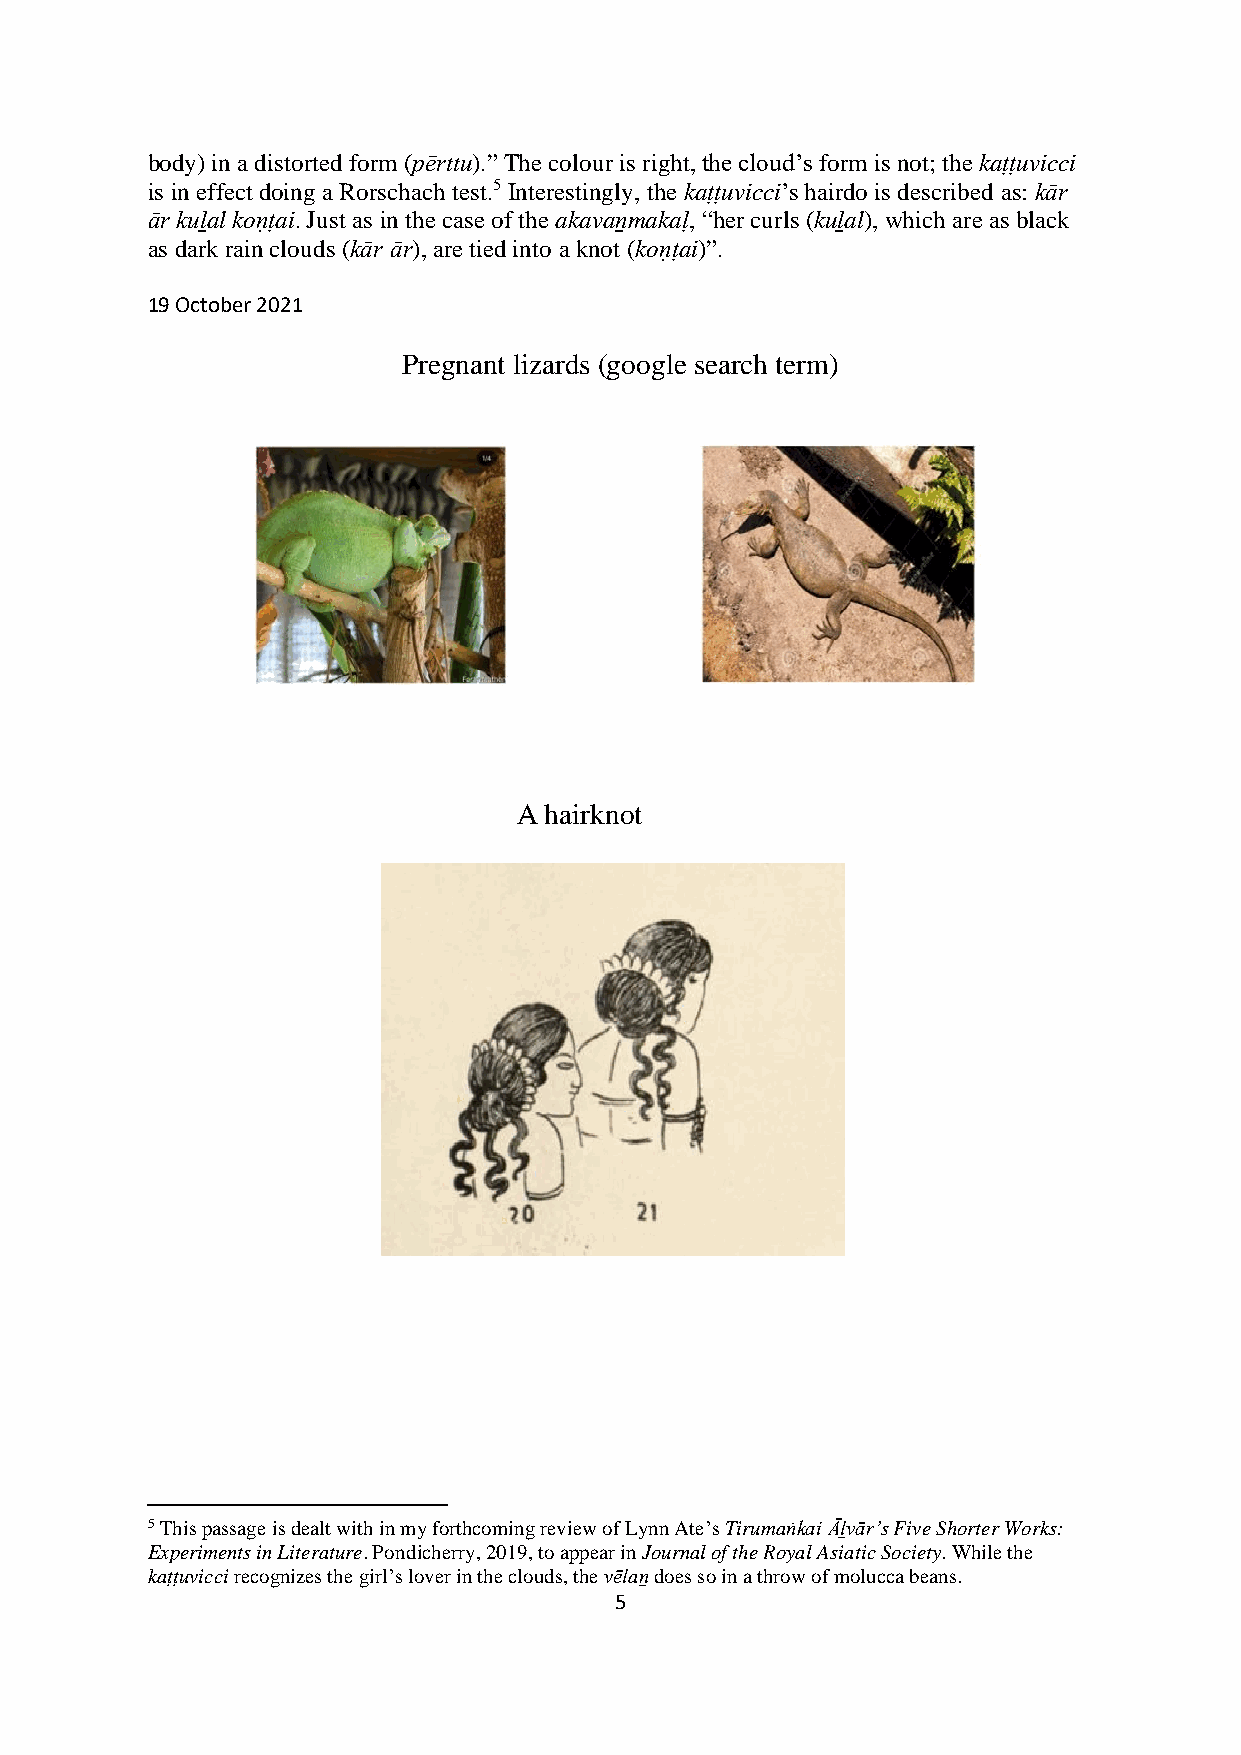
body) in a distorted form (pērttu).” The colour is right, the cloud’s form is not; the kaṭṭuvicci
 is in effect doing a Rorschach test.5 Interestingly, the kaṭṭuvicci’s hairdo is described as: kār
 ār kuḻal koṇṭai. Just as in the case of the akavaṉmakaḷ, “her curls (kuḻal), which are as black
 as dark rain clouds (kār ār), are tied into a knot (koṇṭai)”.
 19 October 2021
 Pregnant lizards (google search term)
 A hairknot
 5 This passage is dealt with in my forthcoming review of Lynn Ate’s Tirumaṅkai Āḻvār’s Five Shorter Works:
 Experiments in Literature. Pondicherry, 2019, to appear in Journal of the Royal Asiatic Society. While the
 kaṭṭuvicci recognizes the girl’s lover in the clouds, the vēlaṉ does so in a throw of molucca beans.
 5